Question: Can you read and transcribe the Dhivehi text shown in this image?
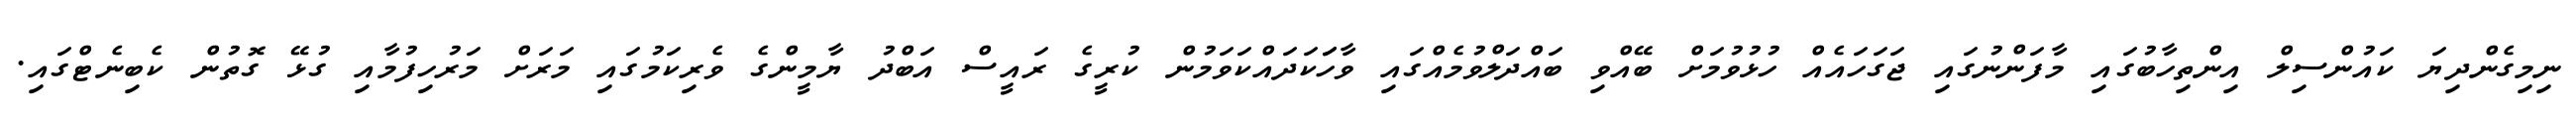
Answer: ނިމިގެންދިޔަ ކައުންސިލް އިންތިހާބުގައި މާފަންނުގައި ޖަގަހައެއް ހުޅުވުމަށް ބޭއްވި ބައްދަލްވުމެއްގައި ވާހަަކަދައްކަވަމުން ކުރީގެ ރައީސް އަބްދު ޔާމީންގެ ވެރިކަމުގައި މަރަށް މަރުހިފުމާއި ގުޅޭ ގޮތުން ކެބިނެޓްގައި.